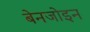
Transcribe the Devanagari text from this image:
बेनजोइन